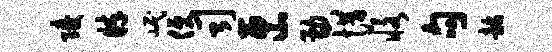
陵粹岷便司匣勘惜恪句韶